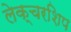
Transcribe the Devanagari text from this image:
लेक्चरशिप